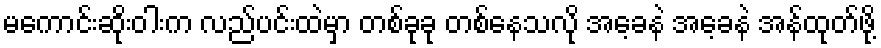
မကောင်းဆိုးဝါးက လည်ပင်းထဲမှာ တစ်ခုခု တစ်နေသလို အေ့ခနဲ အေ့ခနဲ အန်ထုတ်ဖို့